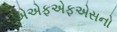
એએફએફએસનો